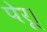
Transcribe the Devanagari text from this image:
पेरू।